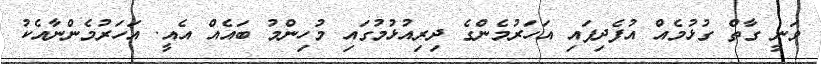
ވަނީ ގާތް ގުޅުމެއް އުފެދިފައި އަހަރުމެންގެ ދިރިއުޅުމުގައި މުހިންމު ބައެއް އެއީ. އަހަރުމެންނާއެކު